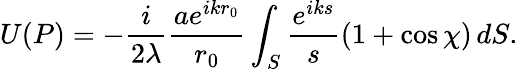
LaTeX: U(P)=-{\frac{i}{2\lambda}}{\frac{ae^{ikr_{0}}}{r_{0}}}\int_{S}{\frac{e^{iks}}{s}}(1+\cos\chi)\, dS.